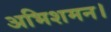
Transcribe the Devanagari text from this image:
अभिशमन।